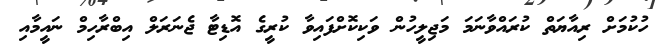
ހުކުމަށް ރިއާޔަތް ކުރައްވާނަމަ މަޖިލީހުން ވަކިކޮށްފައިވާ ކުރީގެ އޮޑިޓާ ޖެނަރަލް އިބްރާހިމް ނައީމާއި